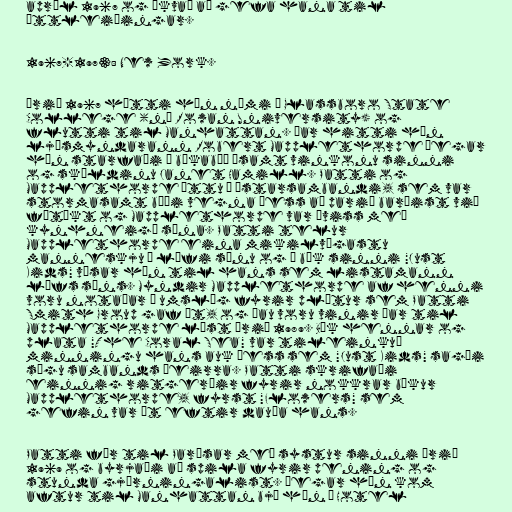
apríl 1967 og ákvað að gefa hana til
ættleiðingar.

1967-1973: New York.

Árið 1967 hætti hún námi í Glassboro State
College (nú Rowan University) og
flutti til Manhattan. Þar hitti hún
ljósmyndarann Robert Mapplethorpe þegar
hún starfaði í bókabúð ásamt vinkonu sinni
og skáldinu Janet Hamill. Patti og
Mapplethorpe áttu í ástarsambandi, sem var
stormasamt bæði vegna þess að parið barðist við
fátækt og Mapplethorpe var óviss með
kynhneigð sína. Patti telur
Mapplethorpe eina mikilvægastu
manneskju í lífi sínu og í bók sinni "Just
Kids" vísar hún til hans sem listamann
lífs síns. Myndir Mapplethorpe af henni
voru notaðar á umslög fyrir plötur sem Patti
Smith Group gaf út, og þau voru vinir þar til
Mapplethorpe lést árið 1989. Bók hennar og
plata "The Coral Sea" var tileinkuð
minningu hans auk þess sem "Just Kids" sagði
sögu sambands þeirra. Patti skrifaði
einnig ritgerðir fyrir nokkrar bækur
Mapplethorpe, fyrst "Flowers" sem
gefin var út eftir dauða hans.

Patti fór til Parísar með systur sinni árið
1969 og byrjaði að spila fyrir pening og
stunda gjörningalist. Þegar hún kom
aftur til Manhattan bjó hún í Hotel